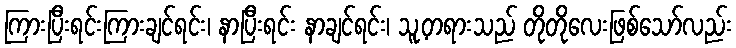
ကြားပြီးရင်းကြားချင်ရင်း၊ နာပြီးရင်း နာချင်ရင်း၊ သူ့တရားသည် တိုတိုလေးဖြစ်သော်လည်း